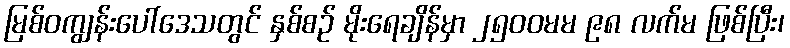
မြစ်ဝကျွန်းပေါ်ဒေသတွင် နှစ်စဉ် မိုးရေချိန်မှာ ၂၅၀၀မမ ၉၈ လက်မ ဖြစ်ပြီး၊